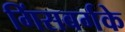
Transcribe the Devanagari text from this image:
गिंसबर्गके